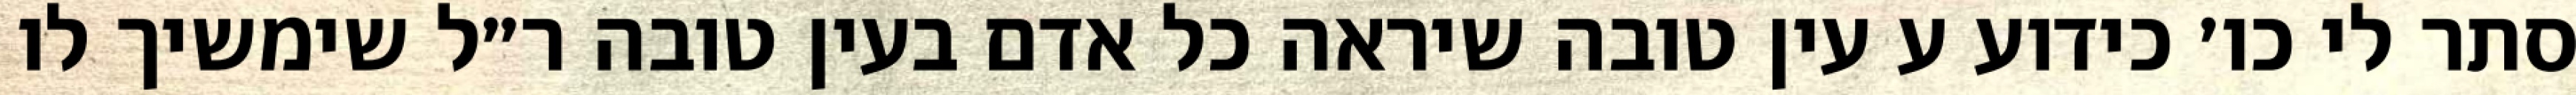
סתר לי כו׳ כידוע ע עין טובה שיראה כל אדם בעין טובה ר״ל שימשיך לו